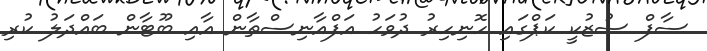
ސާފް ސުޒުކީ ކަޕްގައި ހޮނިހިރު ދުވަހު އަފްއާނިސްތާން އާއި ބޫޓާން ބައްދަލު ކުރި